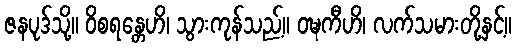
ဇနပုဒ်သို့။ ဝိစရန္တေဟိ၊ သွားကုန်သည့်။ ဝဍ္ဎကီဟိ၊ လက်သမားတို့နှင့်။